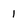
Character: I